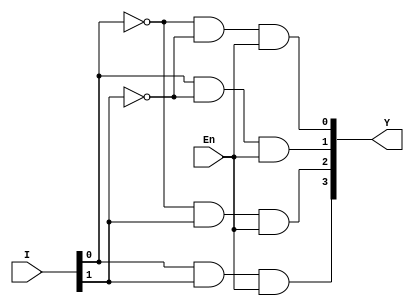
module Decoder2_4(I,En,Y);
input [1:0]I;
input En;
output [3:0]Y;
	assign	Y[0] = ~I[0] & ~I[1] & En,
		Y[1] = I[0] & ~I[1] & En,
		Y[2] = ~I[0] & I[1] & En,
		Y[3] = I[0] & I[1] & En;			
endmodule